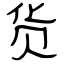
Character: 货